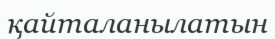
қайталанылатын